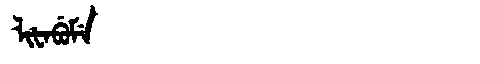
Manchu: ᠯᡳᡶᠠᠪᡠᠮᡝ
Romanization: LIFABUME